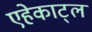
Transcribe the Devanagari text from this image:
एहेकाट्ल